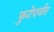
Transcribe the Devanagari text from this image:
फुटेपर्यंत